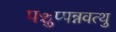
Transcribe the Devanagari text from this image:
पञ्चुप्पन्नवत्थु